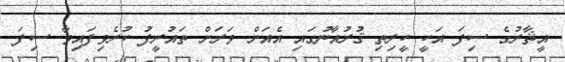
އީޘާރުގެ ސިފަ އަކީ ކީރިތި ޤުރުއާނުގައި އެއަށް ވަރަށް ތައުރީފު ކުރެވިފައިވާ ސިފަ